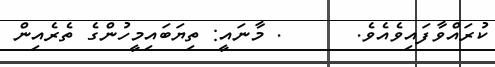
ކުރައްވާފައިވެއެވެ.      . މާނައީ: ތިޔަބައިމީހުންގެ ތެރެއިން